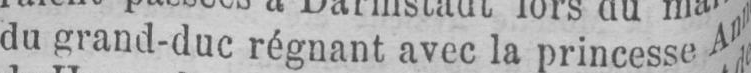
du grand-duc régnant avec la princesse Ann